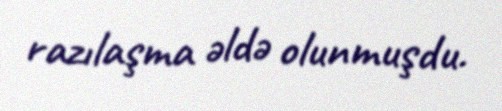
razılaşma əldə olunmuşdu.